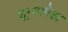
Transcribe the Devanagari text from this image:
शून्यापेक्षा